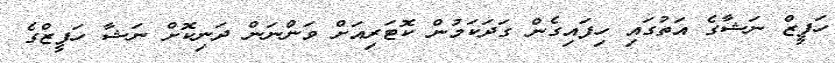
ހަފީޒް ނަޝާގެ އަތުގައި ހިފައިގެން ގަދަކަމުން ކޮޓަރިއަށް ވަންނަން ދަނިކޮށް ނަޝާ ހަފީޒްގެ